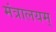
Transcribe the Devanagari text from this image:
मंत्रालयम्